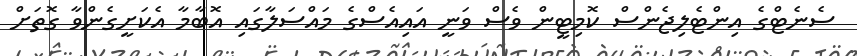
ސެނެޓްގެ އިންޓެލިޖެންސް ކޮމިޓީން ވެސް ވަނީ އައިއެސްގެ މައްސަލާގައި އޮބާމާ އެކަށީގެންވާ ގޮތަށް